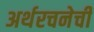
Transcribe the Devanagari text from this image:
अर्थरचनेची